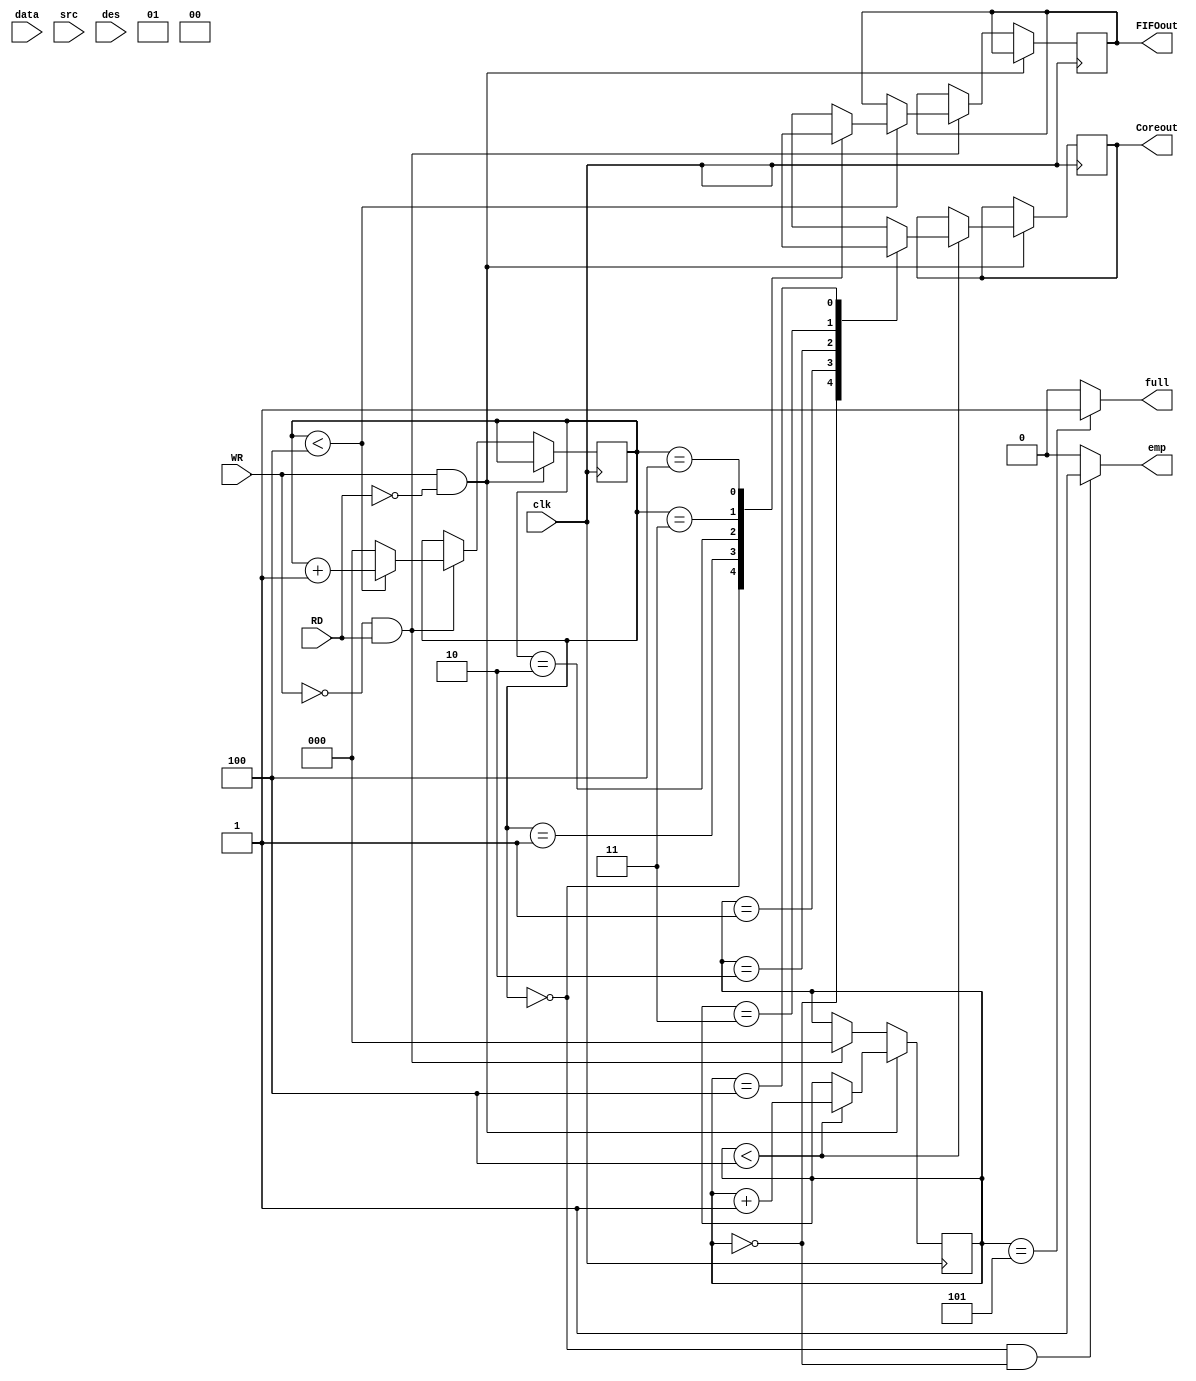
module Core_Fifo#(parameter n=4)
  (clk, data, src, des, WR, RD, Coreout, FIFOout, emp, full);
  
  input clk, WR, RD;
  input [3:0] src, des;
  input [14*n-9:0] data;
  
  output reg [15:0]Coreout;
  output reg [15:0]FIFOout;
  output emp, full;
  
  reg [15:0] FIFO[0:n];
  reg [($clog2(n+1))-1:0] Core_Count=0;
  reg [($clog2(n+1))-1:0] FIFO_Count=0;
  
  
assign FIFO[0] = {2'b00, src[3:0], des[3:0], data[14*n-9:14*n-14]};
  genvar i;
   generate
     for(i=1; i<n-1; i=i+1)
       begin
         assign FIFO[i] = {2'b01, data[14*(n-i)-1:14*(n-i)-14]};
       end
   endgenerate
  
  assign FIFO[n-1]={2'b10, data[13:0]};
  
  assign emp = (FIFO_Count==0 && Core_Count==0)?1'b1:1'b0;
  assign full = (Core_Count==n+1)?1'b1:1'b0;

  always@(posedge clk)
    begin
      if(WR==1'b1 && RD ==1'b0)
        begin
          if(Core_Count<n)
            begin
              Coreout<=FIFO[Core_Count];
              Core_Count<=Core_Count+1;
            end
        end
      

      else if(WR==1'b0 && RD==1'b1)
        begin
          Core_Count<=0;
          if(FIFO_Count<n)
            begin
              FIFOout<=	FIFO[FIFO_Count];
              FIFO_Count<=FIFO_Count+1;
            end
          
          else
            begin
              FIFO_Count<=0;
            end
        end
    end
  
endmodule